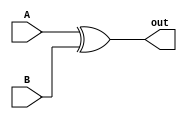
`timescale 1ns / 1ps
//////////////////////////////////////////////////////////////////////////////////
// Company: 
// Engineer: 
// 
// Design Name: 
// Module Name:    one_bit_xor_gate 
// Project Name: 
// Target Devices: 
// Tool versions: 
// Description: 
//
// Dependencies: 
//
// Revision: 
// Revision 0.01 - File Created
// Additional Comments: 
//
//////////////////////////////////////////////////////////////////////////////////
module one_bit_xor_gate(A, B, out);

input A;
input B;
output out ;

assign out = (A ^B) ;

endmodule